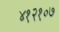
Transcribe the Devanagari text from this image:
४१२१०७